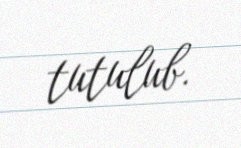
tutulub.